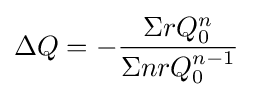
\Delta Q=-{\frac {\Sigma rQ_{0}^{n}}{\Sigma nrQ_{0}^{n-1}}}